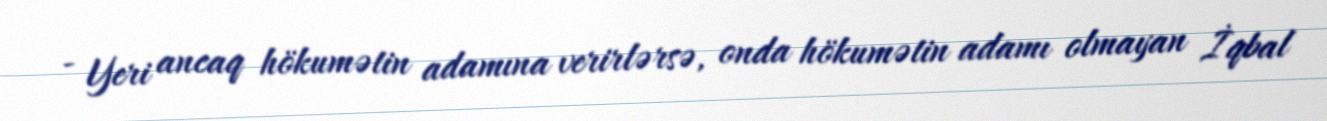
- Yeri ancaq hökumətin adamına verirlərsə, onda hökumətin adamı olmayan İqbal